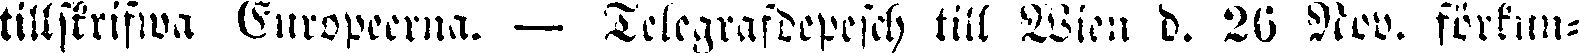
tillskrifwa Europeerna. — Telegrafdepesch till Wien d. 26 Nov. förkun-